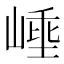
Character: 𭖼